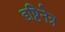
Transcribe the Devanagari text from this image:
दृष्टिनेत्र